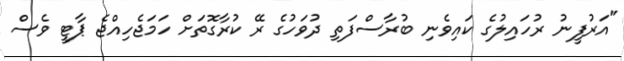
"އަރުފީނު ރުހައިލުގެ ކައިވެނި ބުރާސްފަތި ދުވަހުގެ ރޭ ކުރާގޮތަށް ހަމަޖެހިއްޖެ ޕާޓީ ވެސް